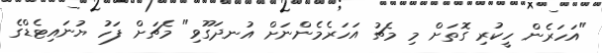
"އަހަރެން ހީކުރި ގޮތަށް މި މެޗު އަހަރެމެންނަށް އުނދަގޫވި" މެޗަށް ފަހު ޔުނައިޓެޑްގެ